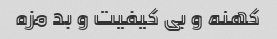
کهنه و بی کیفیت و بد مزه